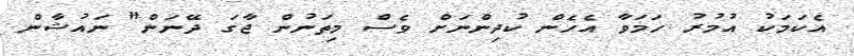
އެކަމަކު އުމުރު ހަމަވާ އެހެން ކުދިންނަށް ވެސް މިތަނުން ޖާގަ ދޭނަން" ނައުޝާން